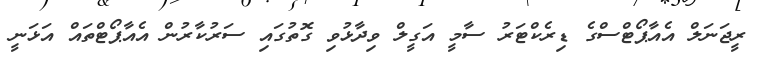
ރީޖަނަލް އެއާޕޯޓްސްގެ ޑިރެކްޓަރު ސާމީ އަގީލް ވިދާޅުވި ގޮތުގައި ސަރުކާރުން އެއާޕޯޓްތައް އަޅަނީ